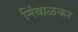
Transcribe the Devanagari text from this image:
नि॑बाळकर